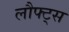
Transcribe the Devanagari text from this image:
लौफ्ट्स